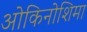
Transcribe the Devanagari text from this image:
ओकिनोशिमा